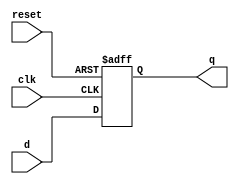
module d_ff_reset(
    input wire clk, reset,
    input wire d,
    output reg q);
   // Code for asynchronous reset & clock 
   always @(posedge clk, posedge reset)     // For negative edge we can use negedge
      if (reset)
         q <= 1'b0;
      else
         q <= d;
// // Code for synchronous reset & clock
//    always@(posedge clk, posedge reset)
//    begin
//        if(reset)
//        begin
//            q = 1'b0;
//        end
//        else
//        begin
//            q = d;
//        end
//   end 
endmodule